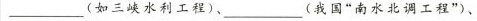
___(如三峡水利工程)、___(我国”南水北调工程”)、